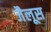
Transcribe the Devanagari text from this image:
जैलूस